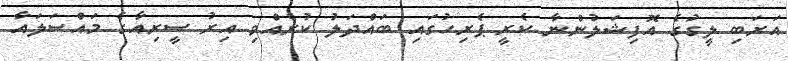
އަރަބި ލީގުގެ އޮފިޝަލުންނާ ކެރީ ޕެރިހުގައި ބައްދަލު ކުރެއްވި އިރު ސީރިއާގެ މައްސަލައާ